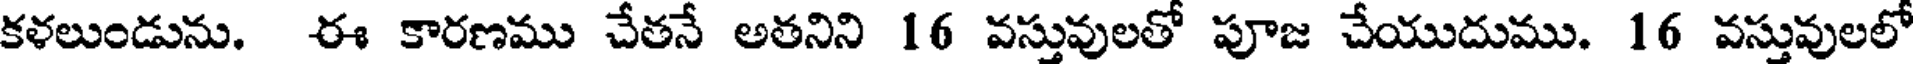
కళలుండును. ఈ కారణము చేతనే అతనిని 16 వస్తువులతో పూజ చేయుదుము. 16 వస్తువులలో